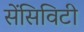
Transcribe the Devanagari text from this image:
सेंसिविटी